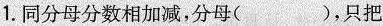
1.同分母分数相加减，分母( )，只把